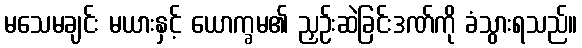
မသေမချင်း မယားနှင့် ယောက္ခမ၏ ညှဉ်းဆဲခြင်းဒဏ်ကို ခံသွားရသည်။